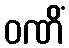
ဝဏိံ